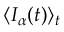
\langle I _ { \alpha } ( t ) \rangle _ { t }